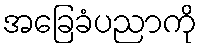
အခြေခံပညာကို